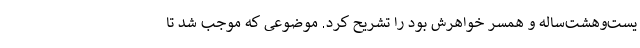
یست‌وهشت‌ساله و همسر خواهرش بود را تشریح کرد. موضوعی که موجب شد تا